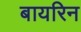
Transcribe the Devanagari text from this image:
बायरिन